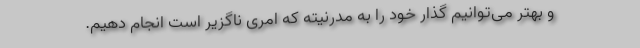
و بهتر می‌توانیم گذار خود را به مدرنیته که امری ناگزیر است انجام دهیم.